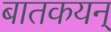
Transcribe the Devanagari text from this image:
बातकयन्